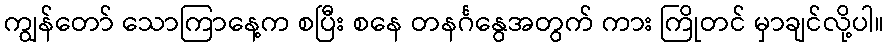
ကျွန်တော် သောကြာနေ့က စပြီး စနေ တနင်္ဂနွေအတွက် ကား ကြိုတင် မှာချင်လို့ပါ။